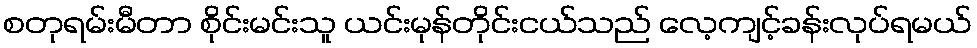
စတုရမ်းမီတာ စိုင်းမင်းသူ ယင်းမုန်တိုင်းငယ်သည် လေ့ကျင့်ခန်းလုပ်ရမယ်